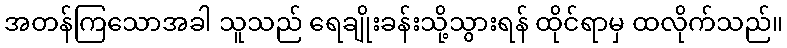
အတန်ကြသောအခါ သူသည် ရေချိုးခန်းသို့သွားရန် ထိုင်ရာမှ ထလိုက်သည်။